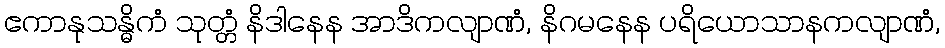
ဧကာနုသန္ဓိကံ သုတ္တံ နိဒါနေန အာဒိကလျာဏံ, နိဂမနေန ပရိယောသာနကလျာဏံ,